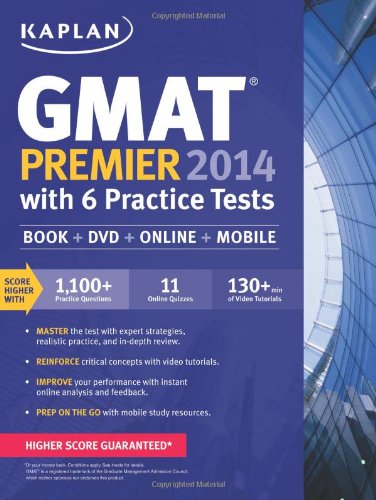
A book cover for Kaplan GMAT Premier 2014 with 6 Practice Tests: book + online + DVD + mobile; Kaplan; Test Preparation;